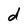
Character: d